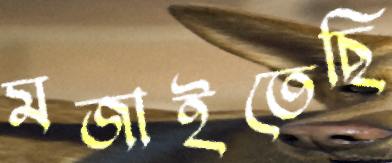
মজাইতেছি